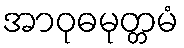
အာဝုဓမုတ္တမံ